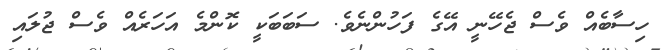
ހިސާބެއް ވެސް ޖެހޭނީ އޭގެ ފަހުންނެވެ. ސަބަބަކީ ކޮންމެ އަހަރެއް ވެސް ޖުލައި